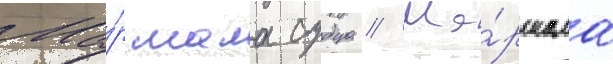
Ма́ршала судца // Ма́ршала